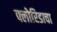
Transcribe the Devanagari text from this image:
फ्लोरिडाचा